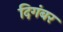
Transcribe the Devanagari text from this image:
दिगंबर